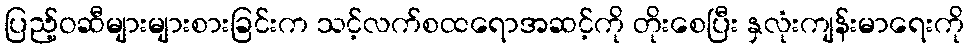
ပြည့်ဝဆီများများစားခြင်းက သင့်လက်စထရောအဆင့်ကို တိုးစေပြီး နှလုံးကျန်းမာရေးကို